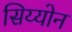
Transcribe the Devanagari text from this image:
सिय्योन